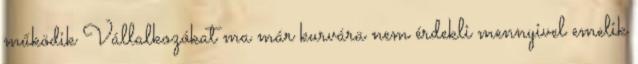
működik Vállalkozókat ma már kurvára nem érdekli mennyivel emelik